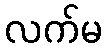
လက်မ